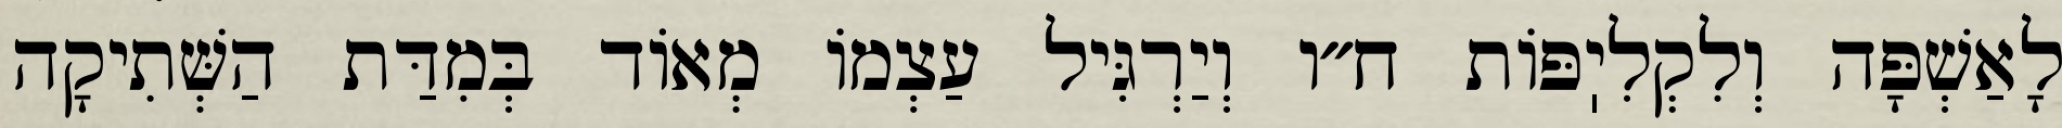
לָאַשְׁפָּה וְלִקְלִיֽפּוֹת ח״ו וְיַרְגִּיל עַצְמוֹ מְאוֹד בְּמִדַּת הַשְּׁתִיקָה